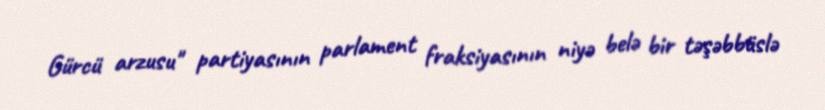
Gürcü arzusu" partiyasının parlament fraksiyasının niyə belə bir təşəbbüslə